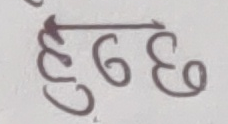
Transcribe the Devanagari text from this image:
हुठछ